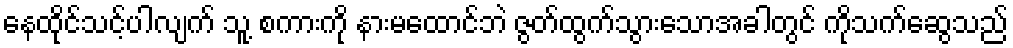
နေထိုင်သင့်ပါလျက် သူ့ စကားကို နားမထောင်ဘဲ ဇွတ်ထွက်သွားသောအခါတွင် ကိုသက်ဆွေသည်